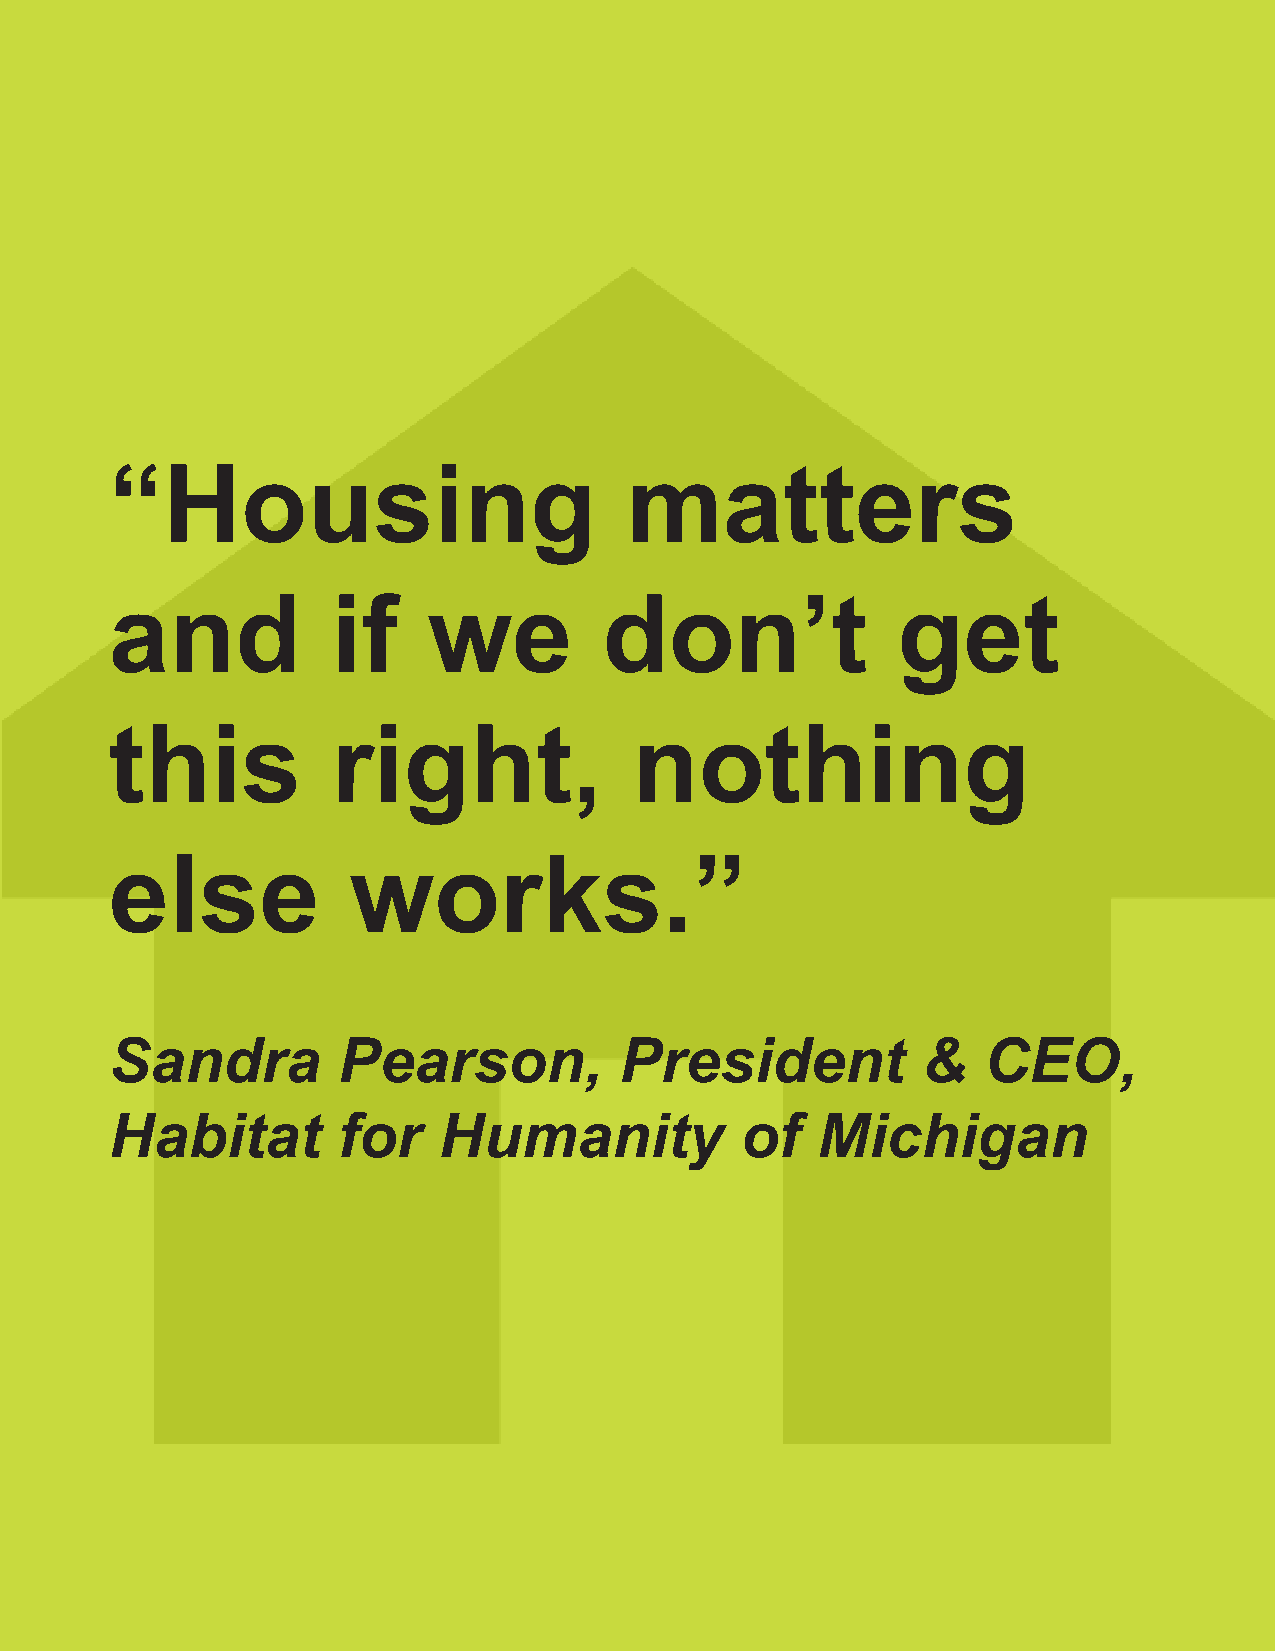
“Housing                          matters
 and            if    we          don’t              get
 this           right,              nothing
 else            works.”
 Sandra         Pearson,           President           &   CEO,
 Habitat        for    Humanity            of   Michigan
 3    Habitat for Humanity of Michigan Annual Report